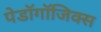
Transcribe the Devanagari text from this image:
पेडॉगॉजिक्स